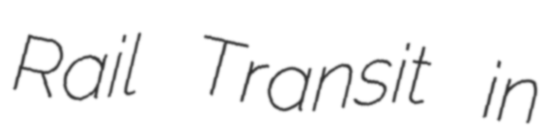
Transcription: Rail Transit in